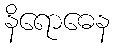
နိရောဓေန